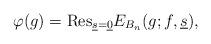
LaTeX: \begin{align*}\varphi(g)=\mathrm{Res}_{\underline{s}=\underline{0}}E_{B_{n}}(g;f,\underline{s}),\end{align*}